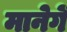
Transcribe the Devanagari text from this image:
मानेगें